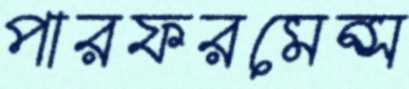
পারফরমেন্স